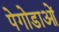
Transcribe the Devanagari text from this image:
पेगोडाओं